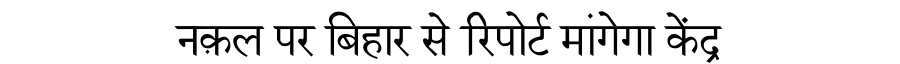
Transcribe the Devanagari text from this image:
नक़ल पर बिहार से रिपोर्ट मांगेगा केंद्र